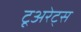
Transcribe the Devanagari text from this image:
टूअरेट्स